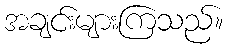
အချင်းများကြသည်။